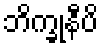
ဘိက္ခုနီပိ